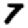
Digit: 7